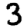
Digit: 3